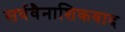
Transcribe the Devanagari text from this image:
सर्ववैनाशिकवाद